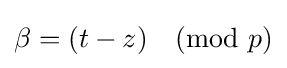
{\textstyle \beta =(t-z){\pmod {p}}}